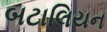
બટાલિયન